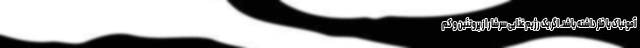
آمونیاک یا فلز داشته باشد. اگر یک رژیم غذایی سرشار از پروتئین و کم